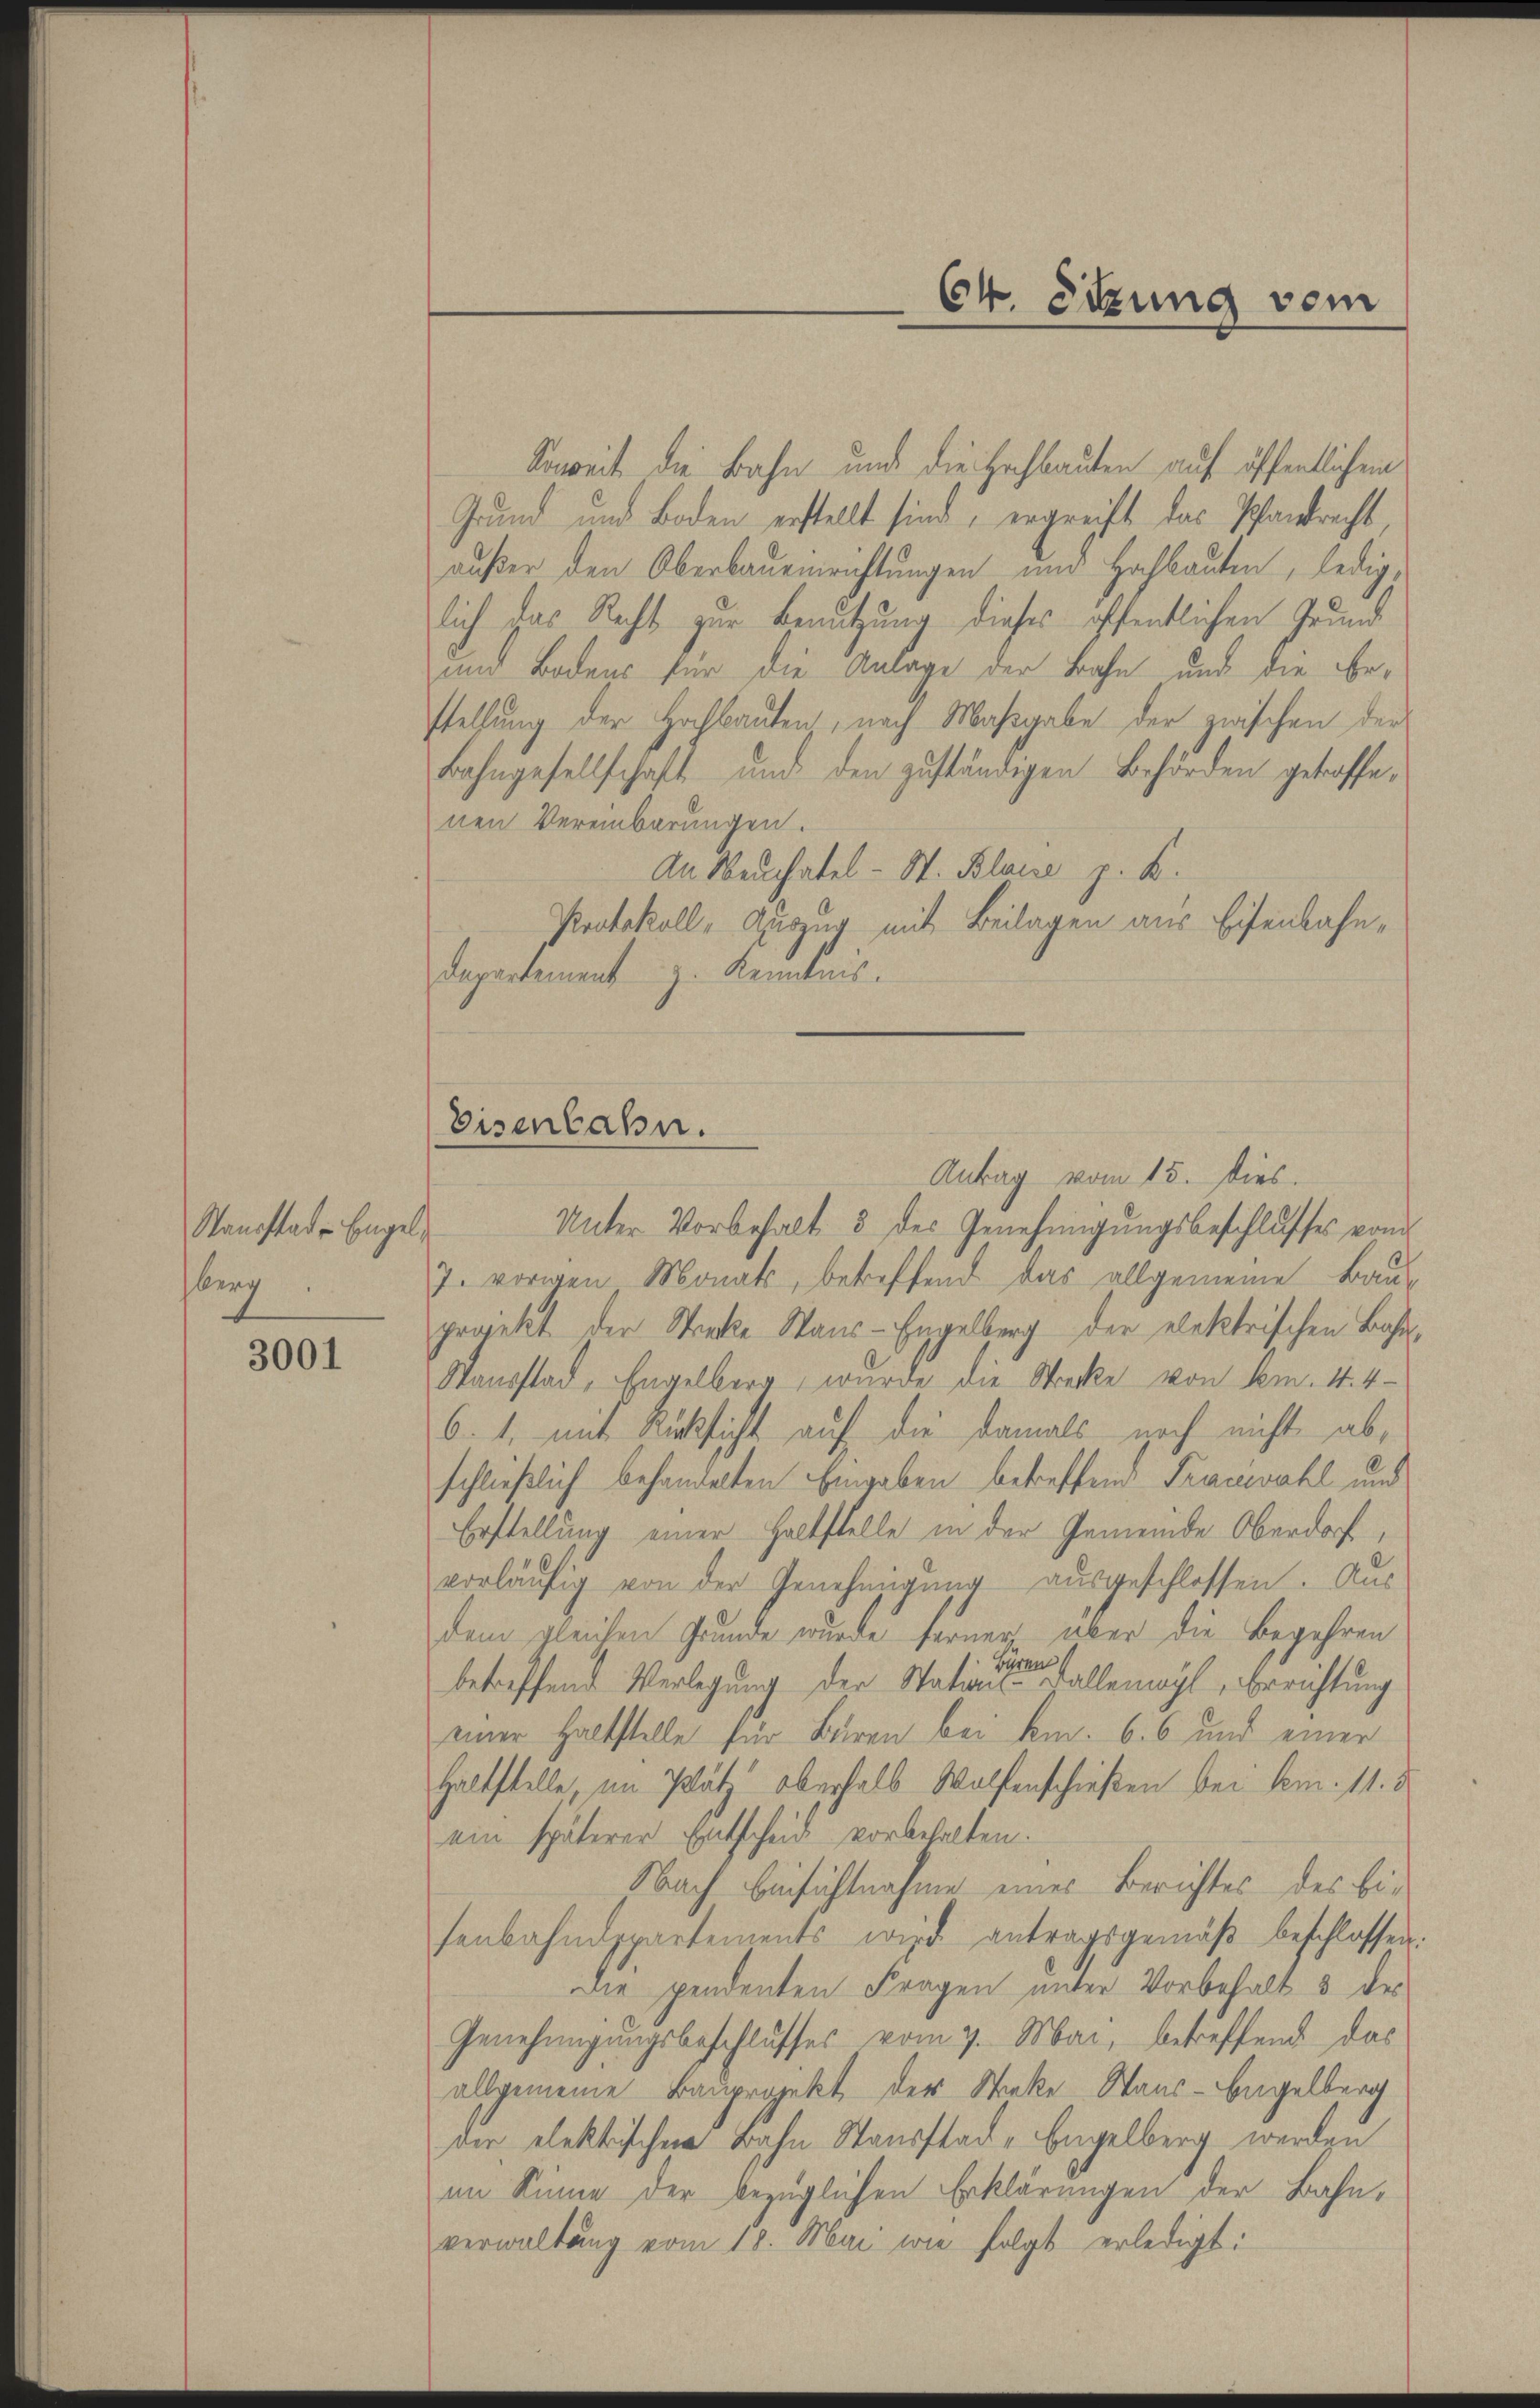
Standstade Eingel
hberg

3001

Soweit die Bahn und die Hochbauten auf öffentlichem
Grund und Boden erstellt sind, ergreift das Pfandrecht
außer den Oberbauensrichtungen und Hochbauten, ledig,
lich das Recht zur Benutzung dieses öffentlichen Grund
und Bodens für die Anlage der Bahn und die Bestellung der Hochbauten, nach Maßgabe der zwischen der
Bahngesellschaft und den zuständigen Behörden getroffenen Vereinbarungen.
An Neuchatel - St. Blaue p. K.
Protokoll, Auszug mit Beilagen aus Eisenbahn¬
Departement z. Kenntnis.
Antrag vom 15. Dies
Unter Vorbehalt & des Genehmigungsbeschlusses vom
J. vorgen Monat, betreffend das allgemeine Bauprojekt der Streke Wans-Engelberg der elektrischen Bahn¬
Sausstad, Engelberg, wurde die Strecke von Am. 1. 4
6. 1. mit Rücksicht auf die damals noch nicht abschließlich behandelten Eingaben betreffend Tracevahl und
Erstellung einer Haltstelle in der Gemeinde Oberdorf,
vorläufig von der Genehmigung ausgeschlossen. Aus
dem gleichen Grunde wurde ferner über die Begehren
e
betreffend Verlegung der Stations- Fallemögl, Errichtung
einer haltstelle für Buren bei kn. 6. 6 und einer
Haltstelle im Platz oberhalb Wolfenschießen bei kam. 11. d.
ein späterer Entscheid vorbehalten.
Nach Einsichtnahme eines Berichtes des Eisenbahndepartements wird antragsgemäβ beschlossen:
Die pendenten Fragen unter Vorbehalt 3 des
Genehmigungsbeschlusses vom 7. Mai, betreffend das
allgemeine Bauprojekt der Sticke Stans-Begelberg
der elektrischen Bahn Stausstad, Engelberg werden
im Sinne der bezüglichen Erklärungen der Bahnverwaltung vom 18. Mai wie folgt erledigt:

Eisenbahn.

Ch. Sizung vom